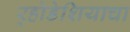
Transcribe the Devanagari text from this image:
र्‍होडेशियाचा